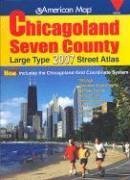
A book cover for American Map Chicagoland Seven County Atlas (Chicagoland Atlas); Travel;